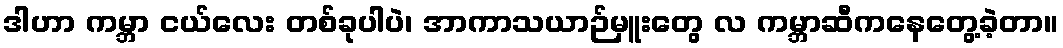
ဒါဟာ ကမ္ဘာ ငယ်လေး တစ်ခုပါပဲ၊ အာကာသယာဉ်မှူးတွေ လ ကမ္ဘာဆီကနေတွေ့ခဲ့တာ။